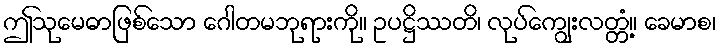
ဤသုမေဓာဖြစ်သော ဂေါတမဘုရားကို။ ဥပဋ္ဌိဿတိ၊ လုပ်ကျွေးလတ္တံ့။ ခေမာစ၊